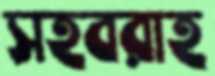
সহবরাহ